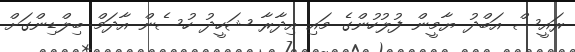
ރައީސް އަބްދު ޔާމީން ފުލުހުންގެ މައި އިދާރާ ޝަހީދު ހުސެން އާދަމް ބިލްޑިންގަށް